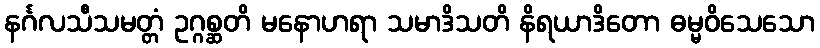
နင်္ဂလသီသမတ္တံ ဥဂ္ဂစ္ဆတိ မနောဟရာ သမာဒိသတိ နိရယာဒိတော ဓမ္မဝိသေသော